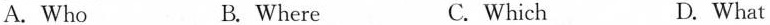
A. Who B. Where C. Which D.What